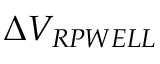
\Delta V _ { R P W E L L }